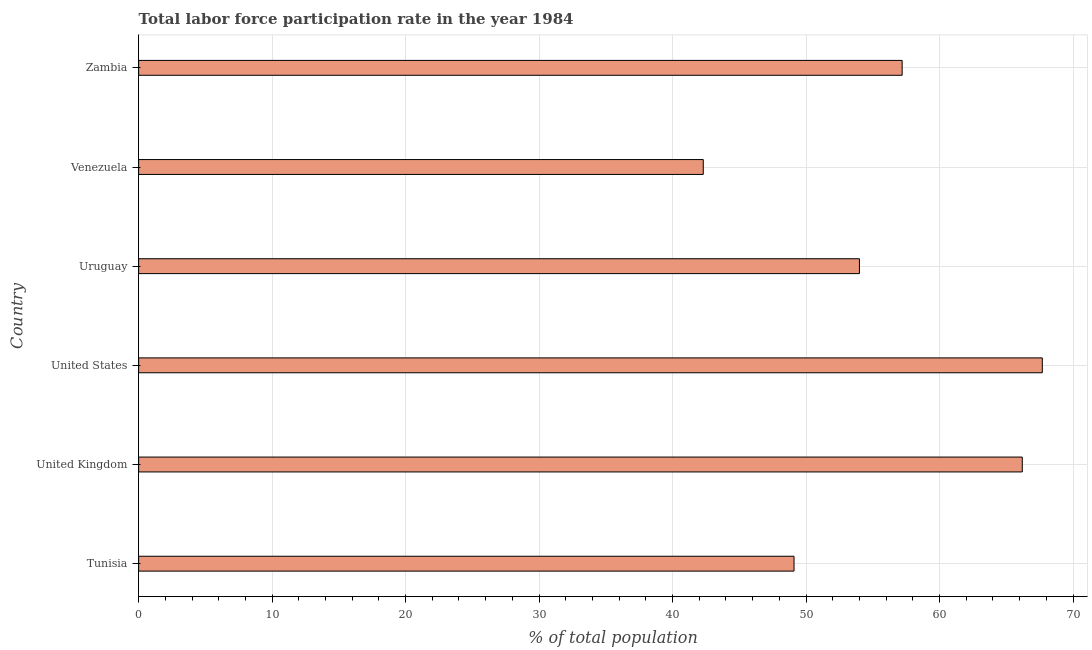
| Country | Labor force participation rate for ages 15-24 total |
 | --- | --- |
 | Tunisia | 49.1 |
 | United Kingdom | 66.2 |
 | United States | 67.7 |
 | Uruguay | 54 |
 | Venezuela | 42.3 |
 | Zambia | 57.2 |